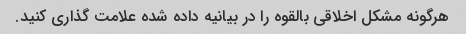
هرگونه مشکل اخلاقی بالقوه را در بیانیه داده شده علامت گذاری کنید.